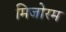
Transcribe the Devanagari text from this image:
मिजोरम